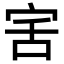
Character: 𭓯